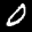
Label: 0